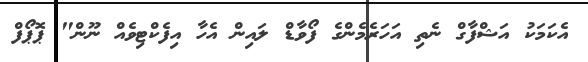
އެކަމަކު އަޝްފާގް ނެތި އަހަރެމެންގެ ފޯވާޑް ލައިން އެހާ އިފެކްޓިވެއް ނޫން" ޕޮޕޯފް